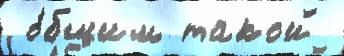
 о́бщим такой